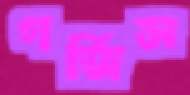
গর্জিস